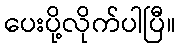
ပေးပို့လိုက်ပါပြီ။